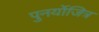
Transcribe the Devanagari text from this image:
पुनर्योजित्र